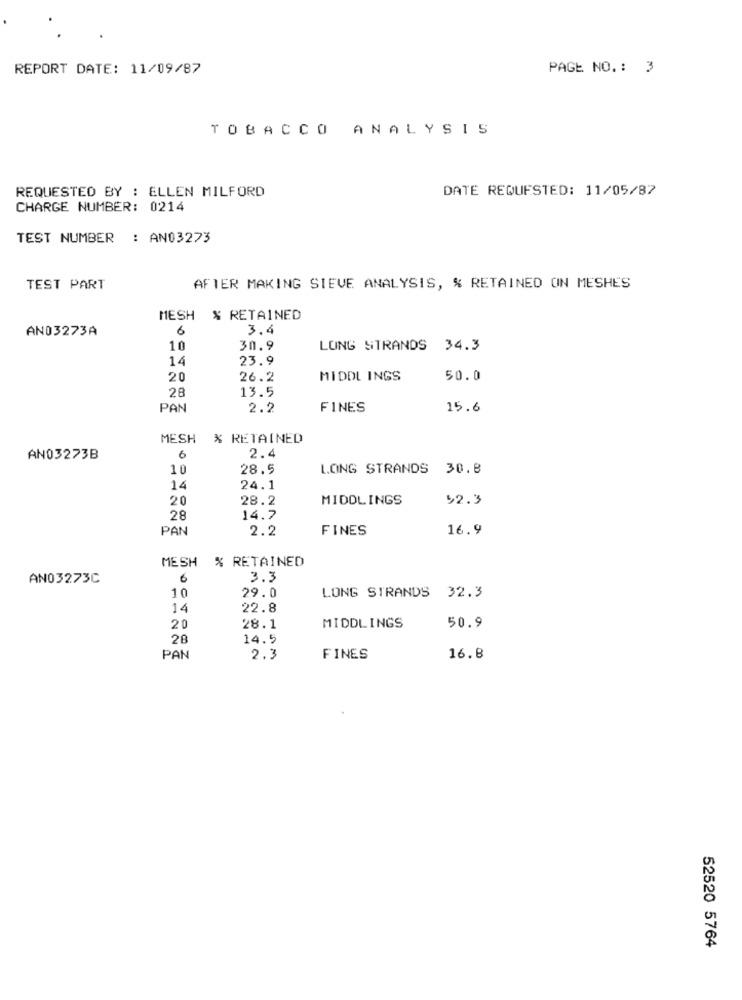
REPORT DATE: 11/09/87
PAGE NO. : 3
TOBACCO ANALYSIS
REQUESTED BY : ELLEN MILFORD
DATE REQUESTED: 11/05/87
CHARGE NUMBER: 0214
TEST NUMBER : AN03273
TEST PART
AFTER MAKING STEVE ANALYSIS, % RETAINED ON MESHES
MESH % RETAINED
AND3273A
6
3,4
10
30.9
LONG STRANDS 34.3
14
23.9
20
26.2
MIDDL INGS
50.0
28
13.5
PAN
2.2
FINES
15.6
MESH % RETAINED
6
AN03273B
2.4
10
28.5
LONG STRANDS 30.8
14
24.1
20
28.2
MIDDLINGS
$2.3
28
14.7
PAN
2.2
FINES
16.9
MESH % RETAINED
AN03273C
6
3.3
10
29.0
LONG STRANDS 32.3
14
22.8
MIDDLINGS
50.9
20
28.1
28
14.5
PAN
2.3
FINES
16.8
52520 5764